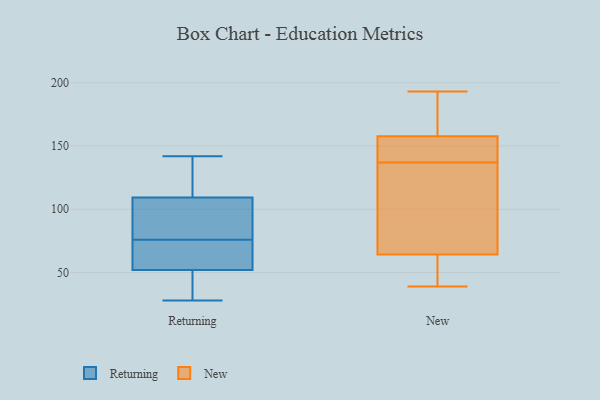
{"axis": {"x": "Page Views", "y": "Value"}, "legend": ["New", "Returning"], "data": [{"x": "", "y": 115, "type": "Returning"}, {"x": "", "y": 38, "type": "Returning"}, {"x": "", "y": 28, "type": "Returning"}, {"x": "", "y": 76, "type": "Returning"}, {"x": "", "y": 126, "type": "Returning"}, {"x": "", "y": 52, "type": "Returning"}, {"x": "", "y": 92, "type": "Returning"}, {"x": "", "y": 142, "type": "Returning"}, {"x": "", "y": 83, "type": "Returning"}, {"x": "", "y": 52, "type": "Returning"}, {"x": "", "y": 61, "type": "Returning"}, {"x": "", "y": 160, "type": "New"}, {"x": "", "y": 65, "type": "New"}, {"x": "", "y": 157, "type": "New"}, {"x": "", "y": 193, "type": "New"}, {"x": "", "y": 152, "type": "New"}, {"x": "", "y": 151, "type": "New"}, {"x": "", "y": 127, "type": "New"}, {"x": "", "y": 192, "type": "New"}, {"x": "", "y": 62, "type": "New"}, {"x": "", "y": 126, "type": "New"}, {"x": "", "y": 137, "type": "New"}, {"x": "", "y": 39, "type": "New"}, {"x": "", "y": 39, "type": "New"}]}